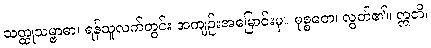
သတ္ထုသမ္ဗာဓာ၊ ရန်သူလက်တွင်း အကျဉ်းအမြောင်းမှ။ မုစ္စတေ၊ လွတ်၏။ ဣတိ၊